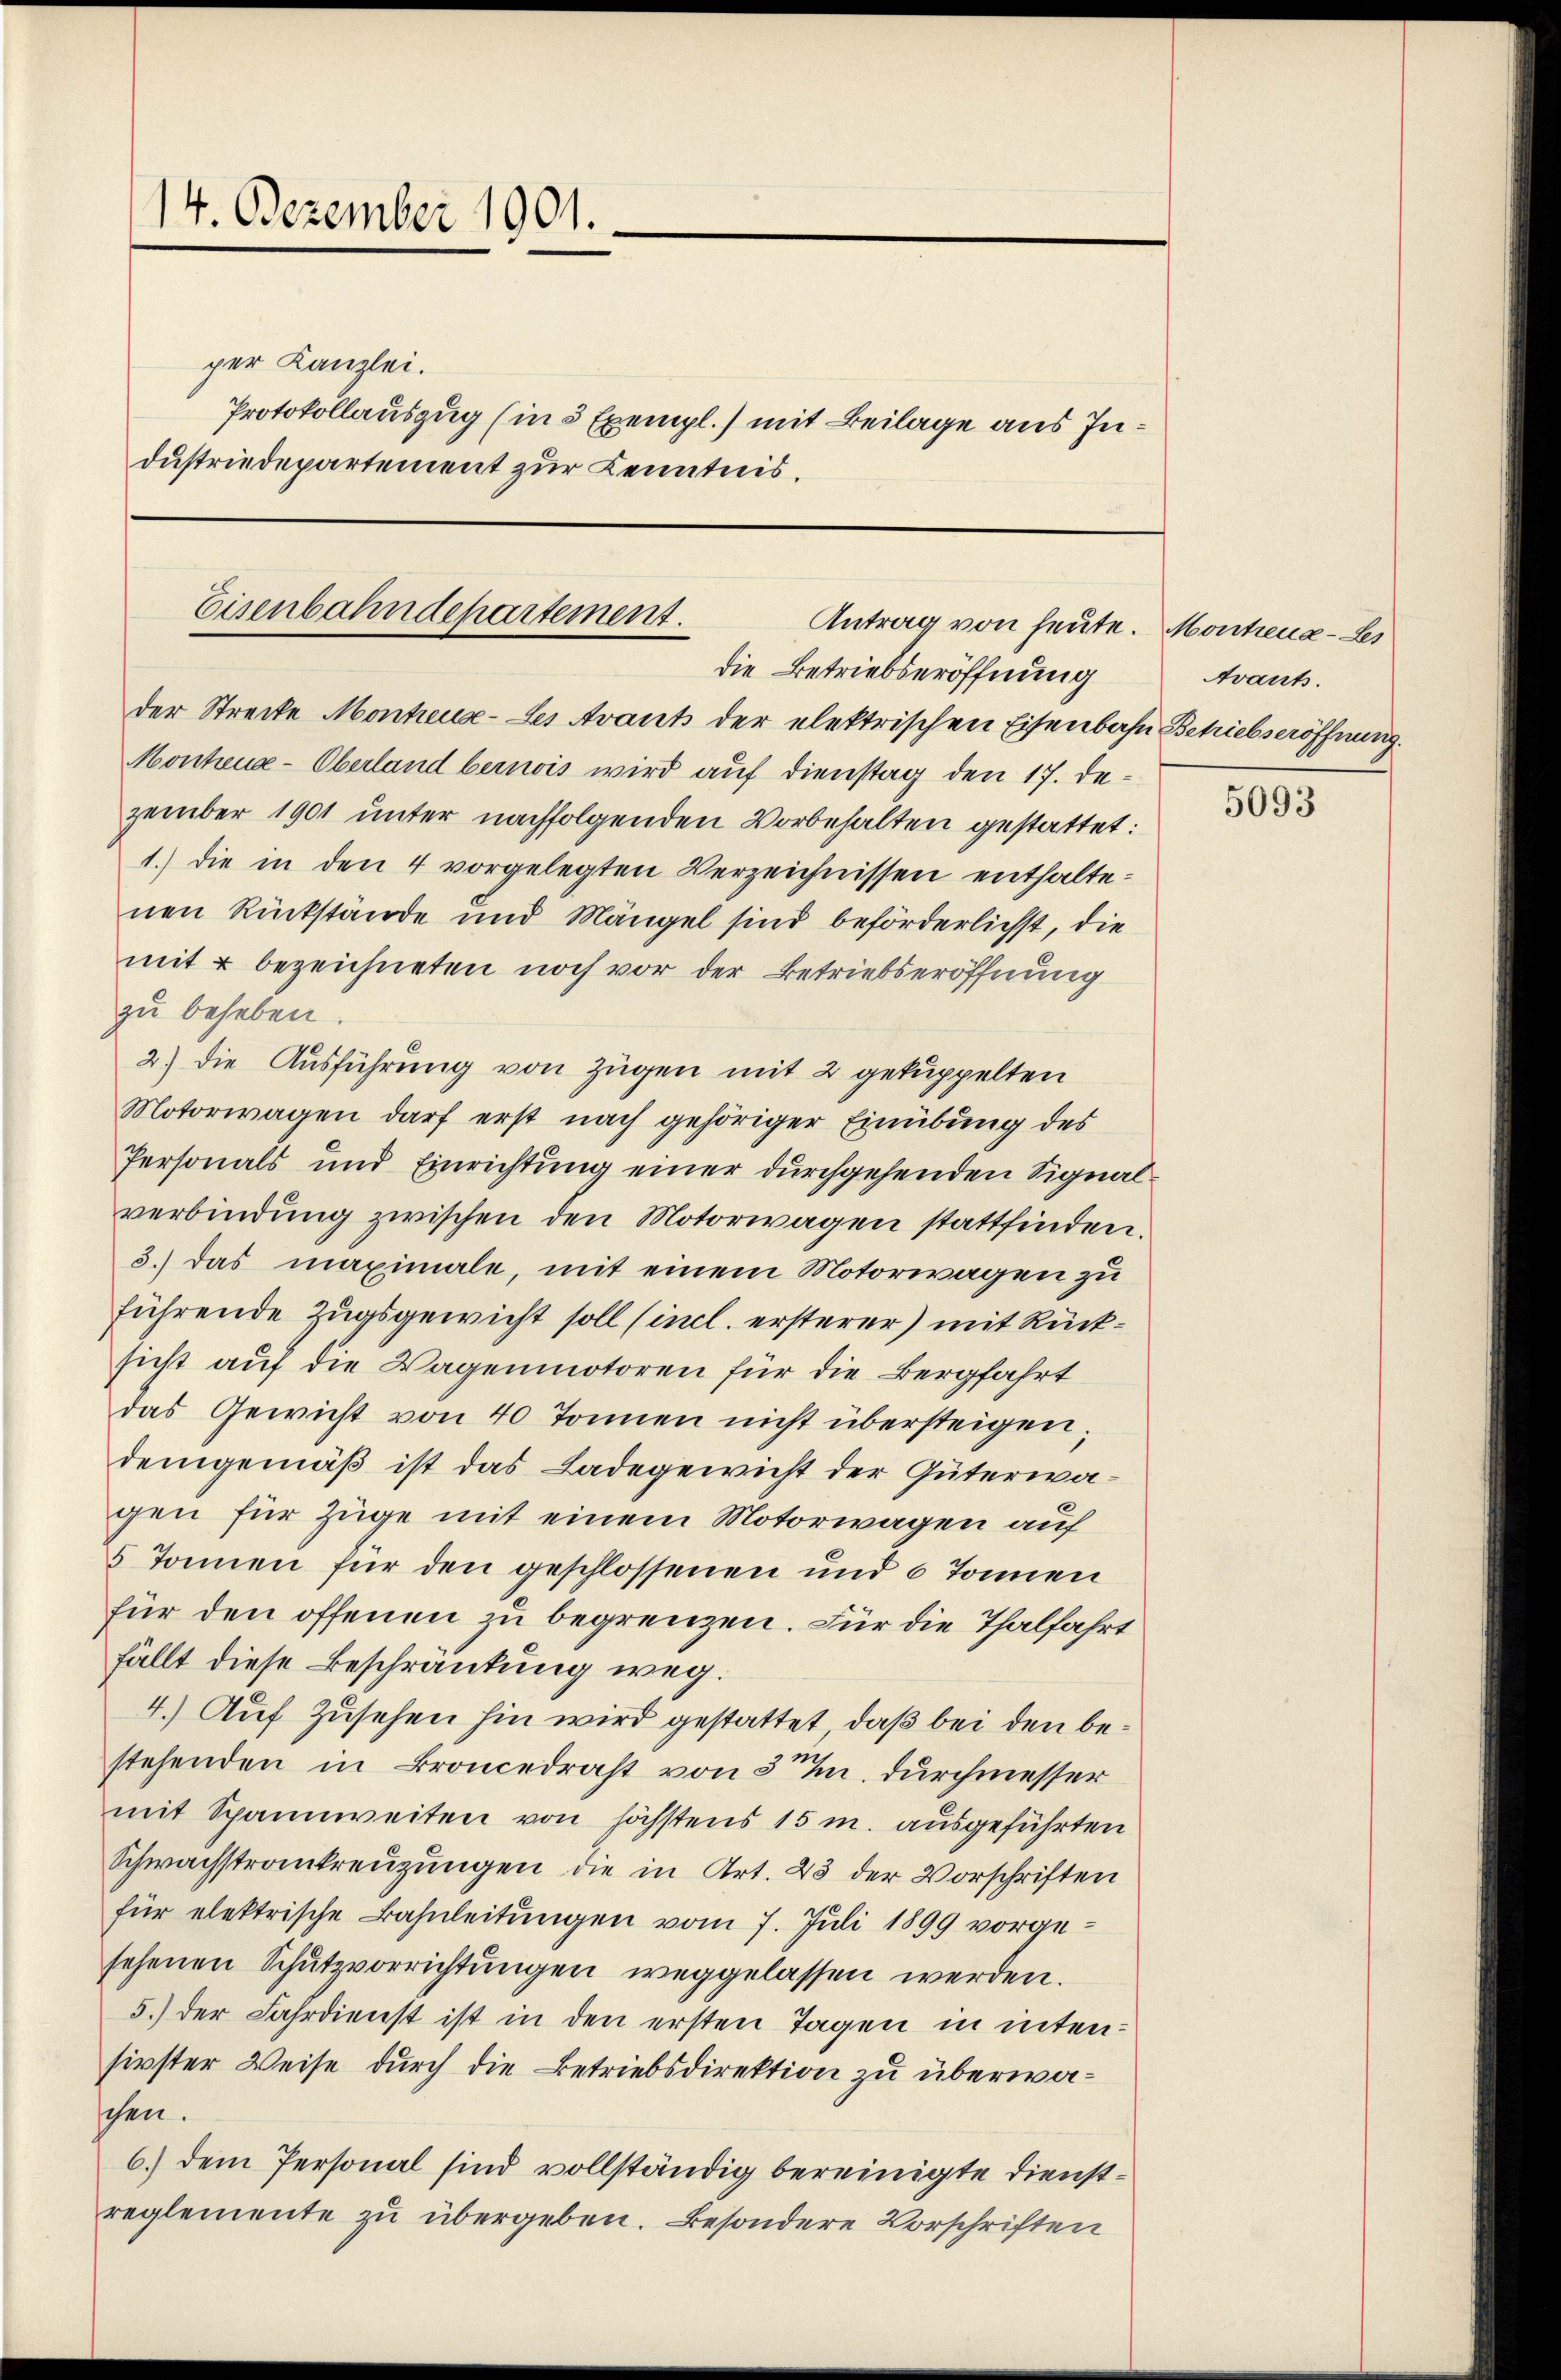
14. Dezember 1901.
per Kanzlei.
Protokollauszug (in 5 Exempl.) mit Beilage aus Industriedepartement zur Kenntnis.

der Strecke Monheuse-Les Avant der elektrischen Eisenbahn Betriebseröffnung.
Monheua-Oberland bernois wird auf Dienstag den 17. Dezember 1901 unter nachfolgenden Vorbehalten gestattet:
1.) die in den 4 vorgelegten Verzeichnissen enthaltenen Rückstände und Mängel sind beförderlichst, die
mit u bezeichneten noch vor der Betriebseröffnung
zu beheben
2.) Die Ausführung von Zügen mit 2 gekuppelten
Motorwagen darf erst nach gehöriger Einübung des
Personals und Einrichtung einer durchgehenden Signalverbindŭng zwischen den Motorwagen stattfinden.
3.) Das maximale, mit einem Motorwagen zu
führende Zugsgewicht soll (incl. ersterer) mit Rücksicht auf die Wagenmotoren für die Bergfahrt
das Gewicht von 40 Tonnen nicht übersteigen,
demgemäß ist das Ladegewicht der Güterwagen für Züge mit einem Motorwagen auf
5 Tonnen für den geschlossenen und 6 Tonnen
für den offenen zu begrenzen. Für die Thalfahrt
fällt diese Beschränkung weg.
4.) Auf Zusehen hin wird gestattet, daß bei den bestehenden in Broncedrast von 3. durchmesser
mit Spannweiten von höchstens 15 m. ausgeführten
Schwachstrankreuzungen die in Art. 23 der Vorschriften
für elektrische Bahnleitŭngen vom 7. Jŭli 1899 vorgesehenen Schutzvorrichtungen weggelassen werden.
5.) der Fahrdienst ist in den ersten Tagen in intensirster Weise durch die Betriebsdirektion zu überwaschen.
6.) Dem Personal sind vollständig bereinigte Dienstreglemente zu übergeben. Besondere Vorschriften

Eisenbahndepartement.
Antrag von heute. Montreua-Li
die Betriebseröffnung

Avants.

5093